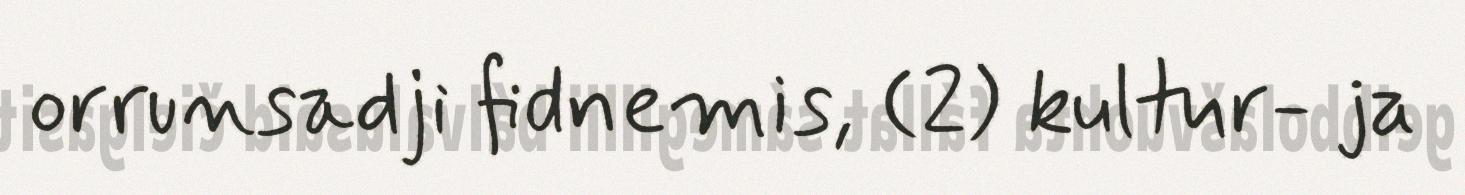
orrunsadji fidnemis, (2) kultur- ja